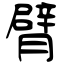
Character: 臂